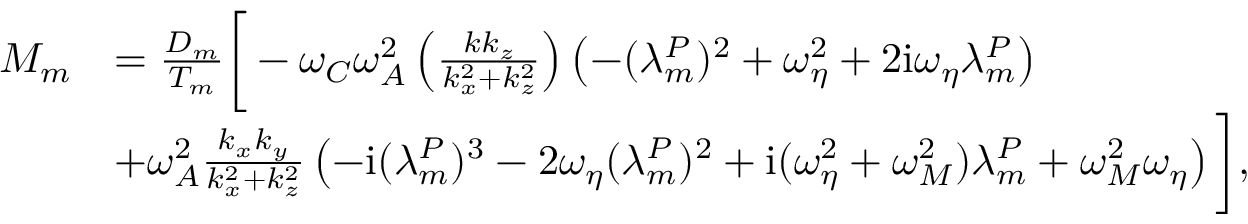
\begin{array} { r l } { M _ { m } } & { = \frac { D _ { m } } { T _ { m } } \bigg [ - \omega _ { C } \omega _ { A } ^ { 2 } \left( \frac { k k _ { z } } { k _ { x } ^ { 2 } + k _ { z } ^ { 2 } } \right) \left( - ( \lambda _ { m } ^ { P } ) ^ { 2 } + \omega _ { \eta } ^ { 2 } + 2 \mathrm { i } \omega _ { \eta } \lambda _ { m } ^ { P } \right) } \\ & { + \omega _ { A } ^ { 2 } \frac { k _ { x } k _ { y } } { k _ { x } ^ { 2 } + k _ { z } ^ { 2 } } \left( - \mathrm { i } ( \lambda _ { m } ^ { P } ) ^ { 3 } - 2 \omega _ { \eta } ( \lambda _ { m } ^ { P } ) ^ { 2 } + \mathrm { i } ( \omega _ { \eta } ^ { 2 } + \omega _ { M } ^ { 2 } ) \lambda _ { m } ^ { P } + \omega _ { M } ^ { 2 } \omega _ { \eta } \right) \bigg ] , } \end{array}